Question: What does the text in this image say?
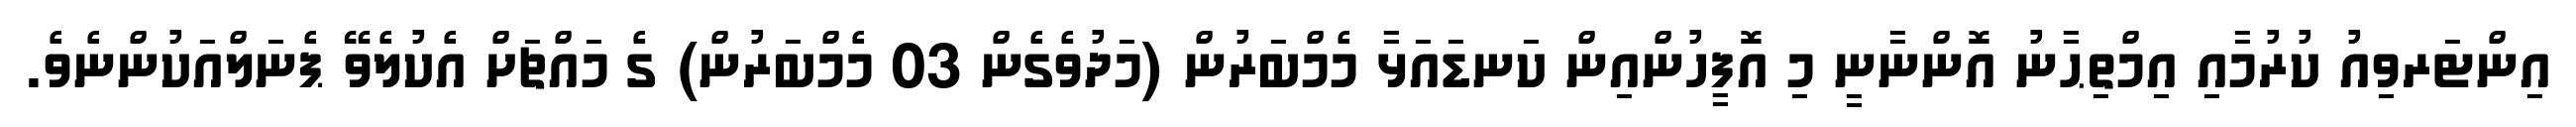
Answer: އިންޓަރވިއު ކުރުމާއި އިމްތިޙާނު އޮންނާނީ މި އޮފީހުންއިން ކަނޑައަޅާ މެމްބަރުން (މަދުވެގެން 03 މެމްބަރުން) ގެ މައްޗަށް އެކުލެވޭ ޕެނަލްއަކުންނެވެ.